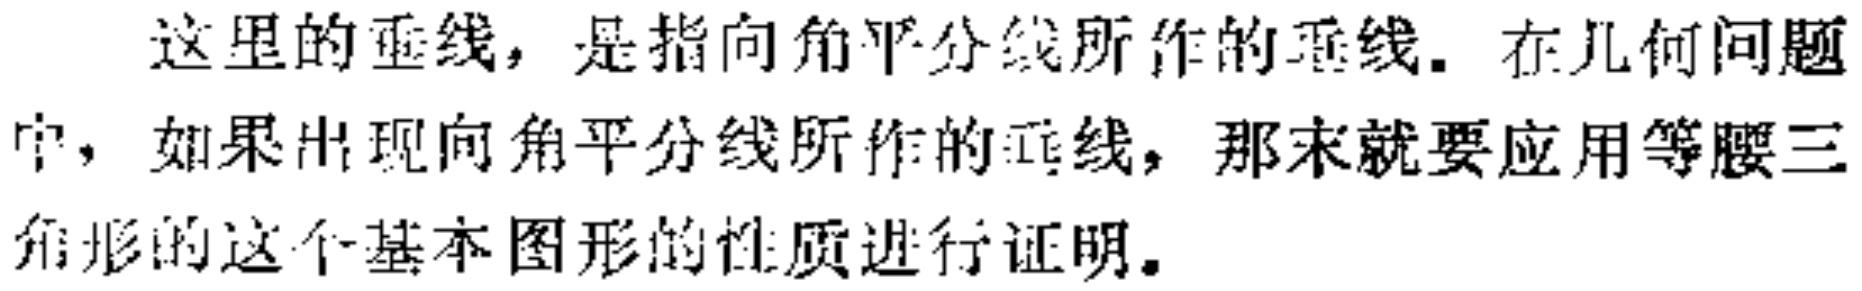
这里的垂线，是指向角平分线所作的垂线. 在几何问题中，如果出现向角平分线所作的垂线，那末就要应用等腰三角形的这个基本图形的性质进行证明.